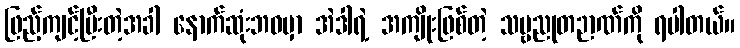
ဖြည့်ကျင့်ပြီးတဲ့အခါ နောက်ဆုံးဘဝမှာ အဲဒါရဲ့ အကျိုးဖြစ်တဲ့ သဗ္ဗညုတဉာဏ်ကို ရပါတယ်။